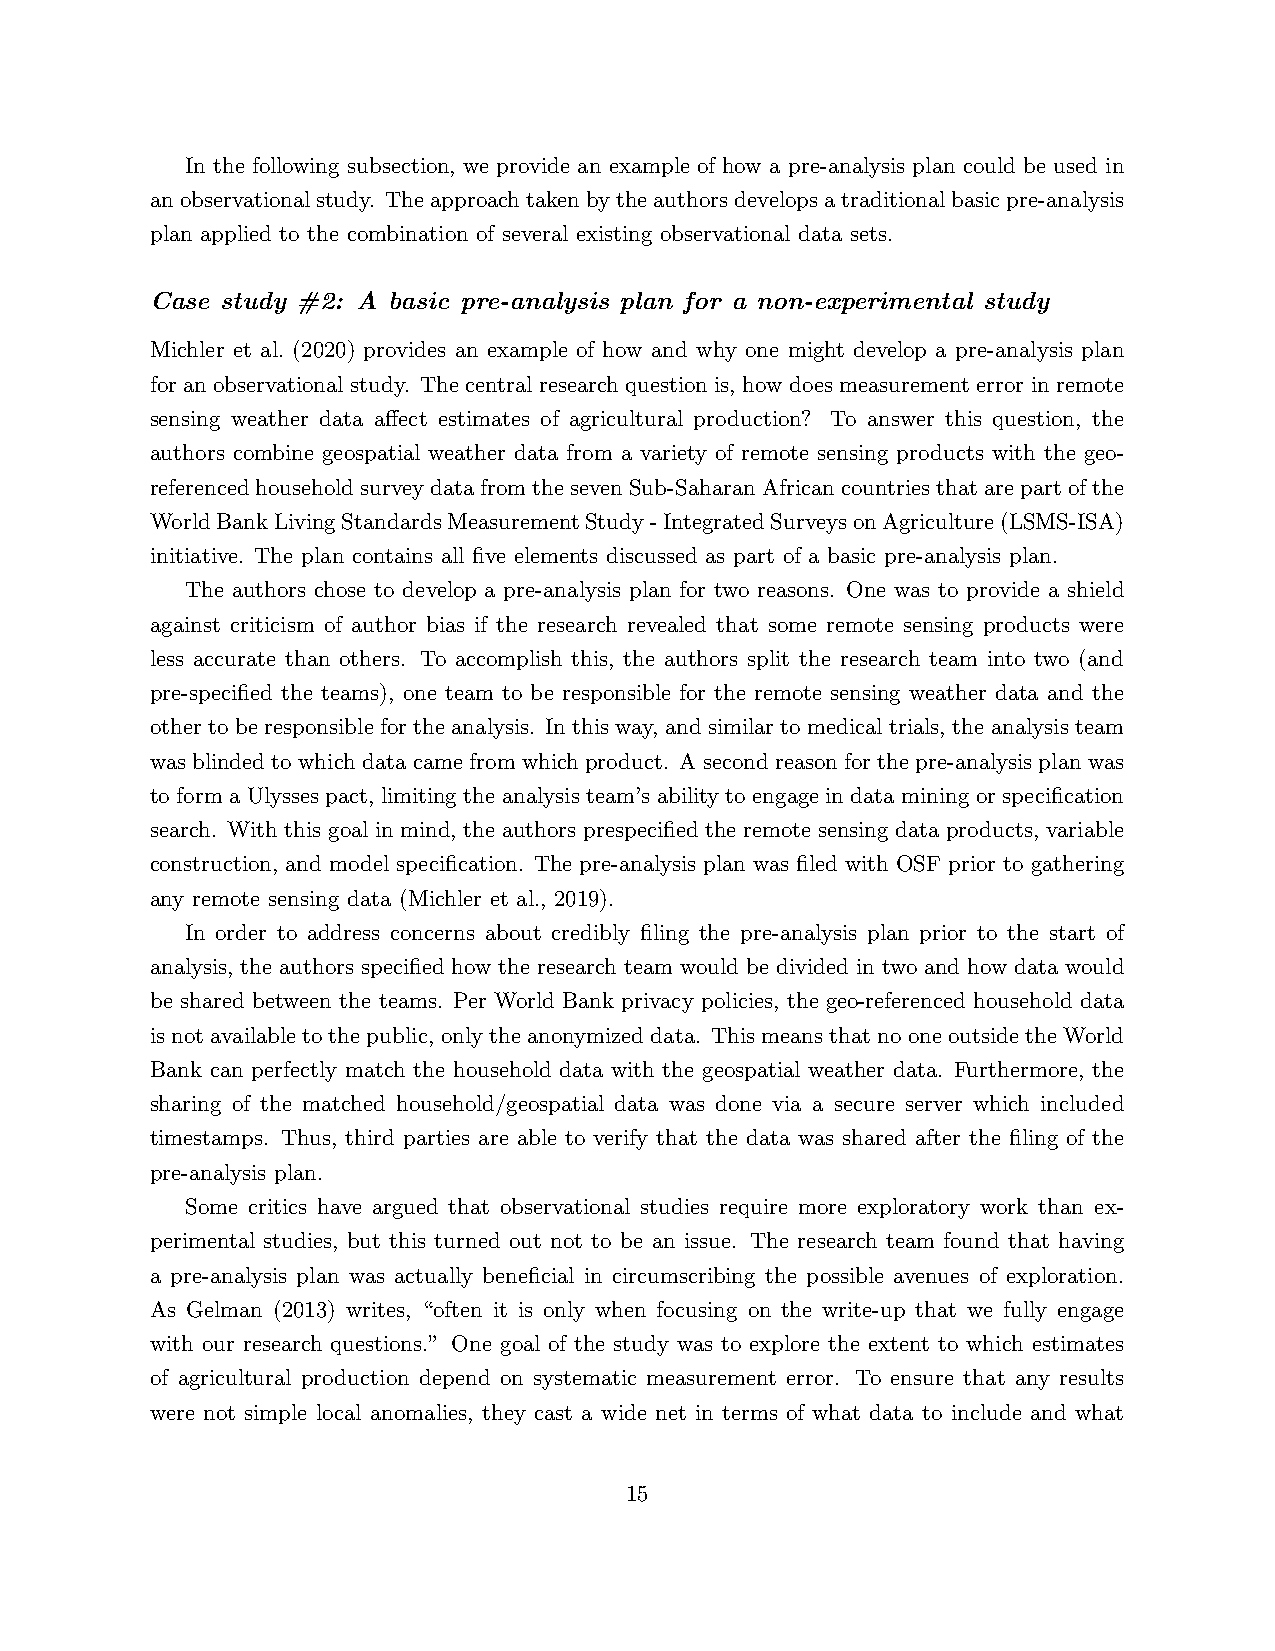
In the following subsection, we provide an example of how a pre-analysis plan could be used in
 anobservationalstudy. Theapproachtakenbytheauthorsdevelopsatraditionalbasicpre-analysis
 plan applied to the combination of several existing observational data sets.
 Case study #2: A basic pre-analysis plan for a non-experimental study
 Michler et al. (2020) provides an example of how and why one might develop a pre-analysis plan
 for an observational study. The central research question is, how does measurement error in remote
 sensing weather data affect estimates of agricultural production? To answer this question, the
 authors combine geospatial weather data from a variety of remote sensing products with the geo-
 referencedhouseholdsurveydatafromthesevenSub-SaharanAfricancountriesthatarepartofthe
 WorldBankLivingStandardsMeasurementStudy-IntegratedSurveysonAgriculture(LSMS-ISA)
 initiative. The plan contains all five elements discussed as part of a basic pre-analysis plan.
 The authors chose to develop a pre-analysis plan for two reasons. One was to provide a shield
 against criticism of author bias if the research revealed that some remote sensing products were
 less accurate than others. To accomplish this, the authors split the research team into two (and
 pre-specified the teams), one team to be responsible for the remote sensing weather data and the
 other to be responsible for the analysis. In this way, and similar to medical trials, the analysis team
 was blinded to which data came from which product. A second reason for the pre-analysis plan was
 to form a Ulysses pact, limiting the analysis team’s ability to engage in data mining or specification
 search. With this goal in mind, the authors prespecified the remote sensing data products, variable
 construction, and model specification. The pre-analysis plan was filed with OSF prior to gathering
 any remote sensing data (Michler et al., 2019).
 In order to address concerns about credibly filing the pre-analysis plan prior to the start of
 analysis, the authors specified how the research team would be divided in two and how data would
 be shared between the teams. Per World Bank privacy policies, the geo-referenced household data
 is not available to the public, only the anonymized data. This means that no one outside the World
 Bank can perfectly match the household data with the geospatial weather data. Furthermore, the
 sharing of the matched household/geospatial data was done via a secure server which included
 timestamps. Thus, third parties are able to verify that the data was shared after the filing of the
 pre-analysis plan.
 Some critics have argued that observational studies require more exploratory work than ex-
 perimental studies, but this turned out not to be an issue. The research team found that having
 a pre-analysis plan was actually beneficial in circumscribing the possible avenues of exploration.
 As Gelman (2013) writes, “often it is only when focusing on the write-up that we fully engage
 with our research questions.” One goal of the study was to explore the extent to which estimates
 of agricultural production depend on systematic measurement error. To ensure that any results
 were not simple local anomalies, they cast a wide net in terms of what data to include and what
 15